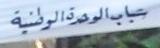
تباب